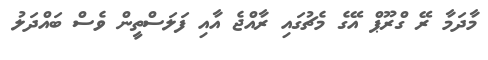
މާދަމާ ރޭ ގްރޫޕް އޭގެ މެޗުގައި ރާއްޖެ އާއި ފަލަސްތީން ވެސް ބައްދަލު